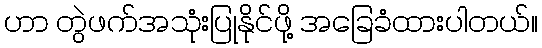
ဟာ တွဲဖက်အသုံးပြုနိုင်ဖို့ အခြေခံထားပါတယ်။